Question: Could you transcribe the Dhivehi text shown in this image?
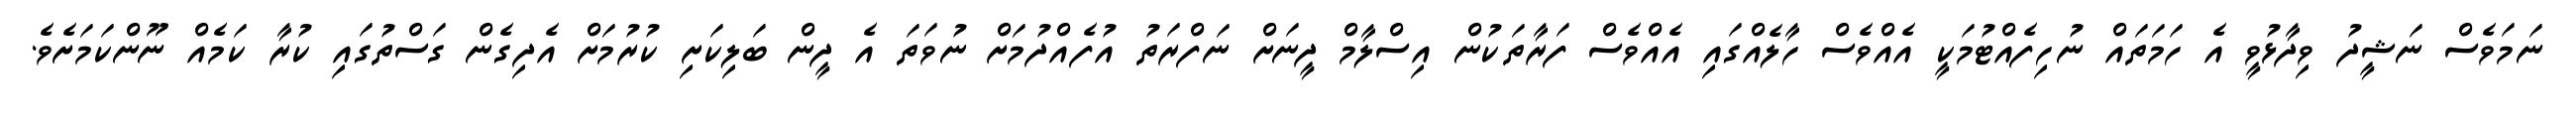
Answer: ނަމަވެސް ނަޝީދު ވިދާޅުވީ އެ ހަމަތައް ނުހިފެއްޓުމަކީ އެއްވެސް ހާލެއްގައި އެއްވެސް ފަރާތަކުން އިސްލާމް ދީނަށް ނަފްރަތު އުފެއްދުމަށް ނުވަތަ އެ ދީން ބަލިކަށި ކުރުމަށް އެދިގެން ގަސްތުގައި ކުރާ ކަމެއް ނޫންކަމަށެވެ.